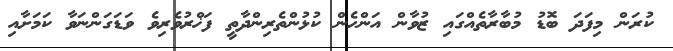
ކުރަން މިފަދަ ބޮޑު މުބާރާތެއްގައި ޒުވާން އަންހެން ކުޅުންތެރިންދާތީ ފަޚްރުވެރިވެ ވަޑަގަންނަވާ ކަމަށާއި